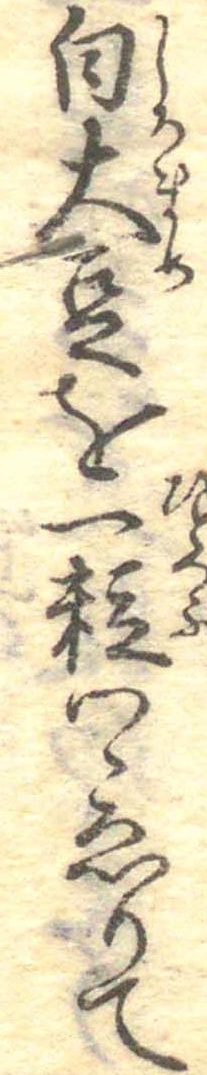
白大豆を一粒つゝゑりて